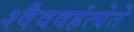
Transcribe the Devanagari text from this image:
श्वैववहंत्येते